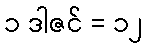
၁ ဒါဇင် = ၁၂